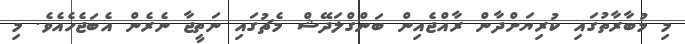
މި މުބާރާތުގައި ކުރިޔަށްދާން ރާއްޖެއިން ބަންގްލަދޭޝް މެޗުގައި ނަތީޖާ ނެރެން އެބަޖެހެއެވެ. މި